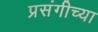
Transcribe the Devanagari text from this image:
प्रसंगीच्या